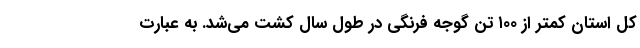
کل استان کمتر از ۱۰۰ تن گوجه فرنگی در طول سال کشت می‌شد. به عبارت